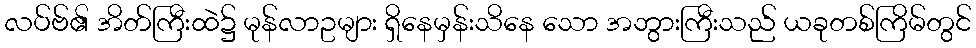
လပ်ဗ်၏ အိတ်ကြီးထဲ၌ မုန်လာဥများ ရှိနေမှန်းသိနေ သော အဘွားကြီးသည် ယခုတစ်ကြိမ်တွင်